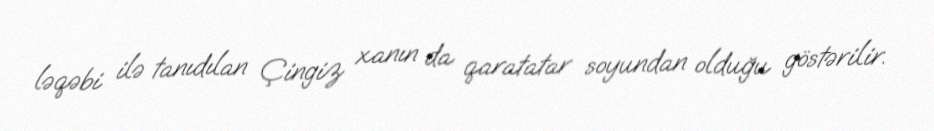
ləqəbi ilə tanıdılan Çingiz xanın da qaratatar soyundan olduğu göstərilir.